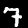
Digit: 7